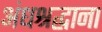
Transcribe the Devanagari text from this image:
अंधश्रद्धाना